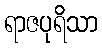
ရာဇပုရိသာ